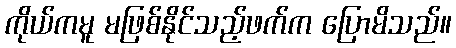
ကိုယ်ကမူ မဖြစ်နိုင်သည့်ဖက်က ပြောမိသည်။